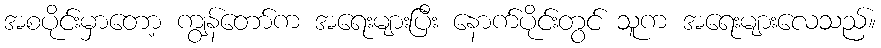
အစပိုင်းမှာတော့ ကျွန်တော်က အရေးများပြီး နောက်ပိုင်းတွင် သူက အရေးများလေသည်။